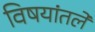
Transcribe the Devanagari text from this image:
विषयांतले